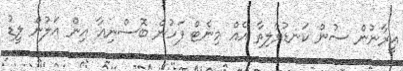
އީރާނުން ސުން ކަނޑުވާލިތާ އެއް މިނެޓް ފަހުން ބޮސްނިއާ އިން އަލުން ލީޑު